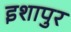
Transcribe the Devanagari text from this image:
इशापुर